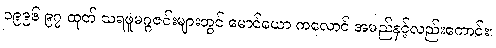
၁၉၉၆ ၉၇ ထုတ် သရဖူမဂ္ဂဇင်းများတွင် မောင်ယော ကလောင် အမည်နှင့်လည်းကောင်း၊